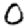
Digit: 0